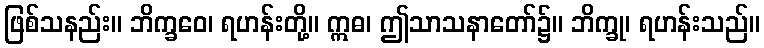
ဖြစ်သနည်း။ ဘိက္ခဝေ၊ ရဟန်းတို့။ ဣဓ၊ ဤသာသနာတော်၌။ ဘိက္ခု၊ ရဟန်းသည်။